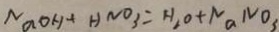
N a O H + H N O _ { 3 } = H _ { 2 } O + N a N O _ { 3 }